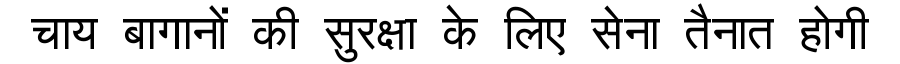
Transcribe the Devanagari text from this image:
चाय बागानों की सुरक्षा के लिए सेना तैनात होगी